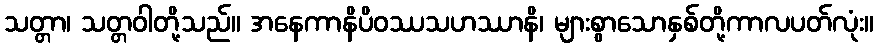
သတ္တာ၊ သတ္တဝါတို့သည်။ အနေကာနိပိဝဿသဟဿာနိ၊ များစွာသောနှစ်တို့ကာလပတ်လုံး။